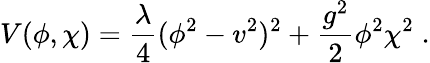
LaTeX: V(\phi,\chi)={\frac{\lambda}{4}}(\phi^{2}-v^{2})^{2}+{\frac{g^{2}}{2}}\phi^{2}\chi^{2}\; .